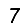
Digit: 7